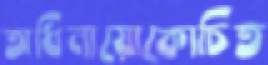
অধিনায়োকোচিত